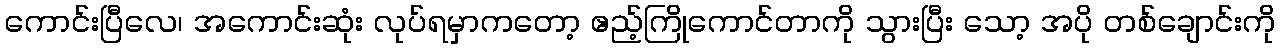
ကောင်းပြီလေ၊ အကောင်းဆုံး လုပ်ရမှာကတော့ ဧည့်ကြိုကောင်တာကို သွားပြီး သော့ အပို တစ်ချောင်းကို